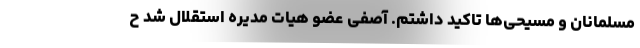
مسلمانان و مسیحی‌ها تاکید داشتم. آصفی عضو هیات مدیره استقلال شد ح